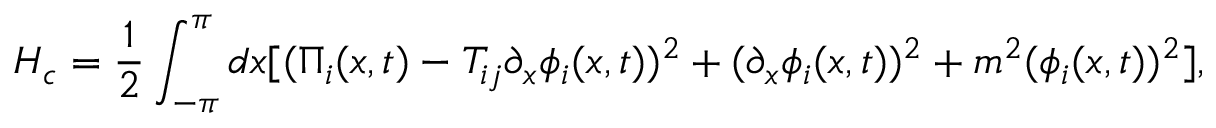
H _ { c } = \frac { 1 } { 2 } \int _ { - \pi } ^ { \pi } d x [ ( \Pi _ { i } ( x , t ) - T _ { i j } \partial _ { x } \phi _ { i } ( x , t ) ) ^ { 2 } + ( \partial _ { x } \phi _ { i } ( x , t ) ) ^ { 2 } + m ^ { 2 } ( \phi _ { i } ( x , t ) ) ^ { 2 } ] ,